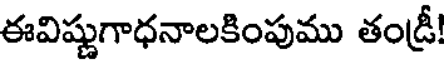
ఈవిష్ణుగాధనాలకింపుము తండ్రీ!